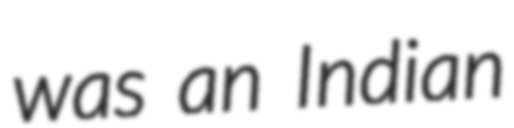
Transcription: was an Indian